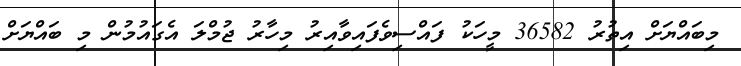
މިބައްޔަށް އިތުރު 36582 މީހަކު ފައްސިވެފައިވާއިރު މިހާރު ޖުމްލަ އެގައުމުން މި ބައްޔަށް